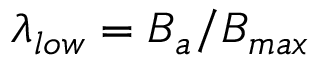
\lambda _ { l o w } = B _ { a } / B _ { m a x }